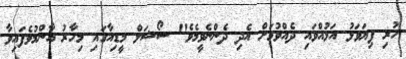
ހުރި ފިޔަވަޅު އަޅުއްވައި ދެއްވުމަށް އެދި ދެންނެވީމެވެ" ސޯޝަލް މީޑިއާގައި މިހާރު އާންމުވެފައިވާ